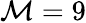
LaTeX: \mathcal{M}=9